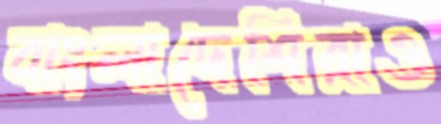
বাংলাদেশিরাও